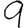
Digit: 9